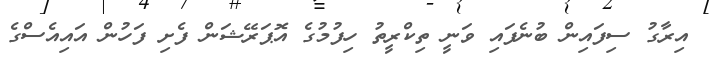
އިރާގު ސިފައިން ބުނެފައި ވަނީ ތިކްރީތު ހިފުމުގެ އޮޕަރޭޝަން ފެށި ފަހުން އައިއެސްގެ